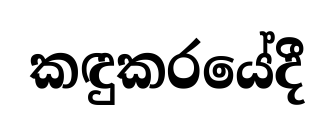
කඳුකරයේදී